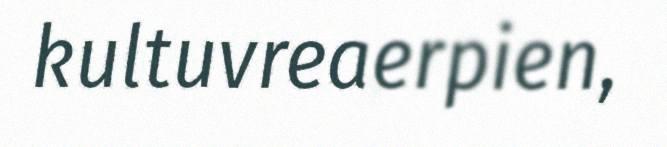
kultuvreaerpien,